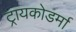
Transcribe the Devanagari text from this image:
ट्रायकोडर्मा